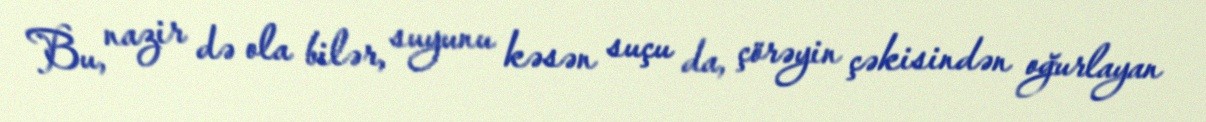
Bu, nazir də ola bilər, suyunu kəsən suçu da, çörəyin çəkisindən oğurlayan